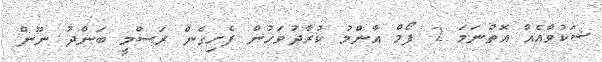
ޝަކުވާއެއް އޮތްނަމަ 2 ފޯމް އާންމު ކުރާދުވަހުން ފެށިގެން ރަސްމީ ބަންދު ނޫން